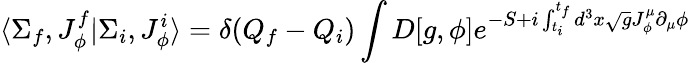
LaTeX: \langle\Sigma_{f},J_{\phi}^{f}\vert\Sigma_{i},J_{\phi}^{i}\rangle=\delta(Q_{f}-Q_{i})\int D[g,\phi]{e^{-S+i\int_{t_{i}}^{t_{f}}d^{3}x\sqrt{g}J_{\phi}^{\mu}\partial_{\mu}\phi}}